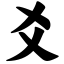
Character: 爻